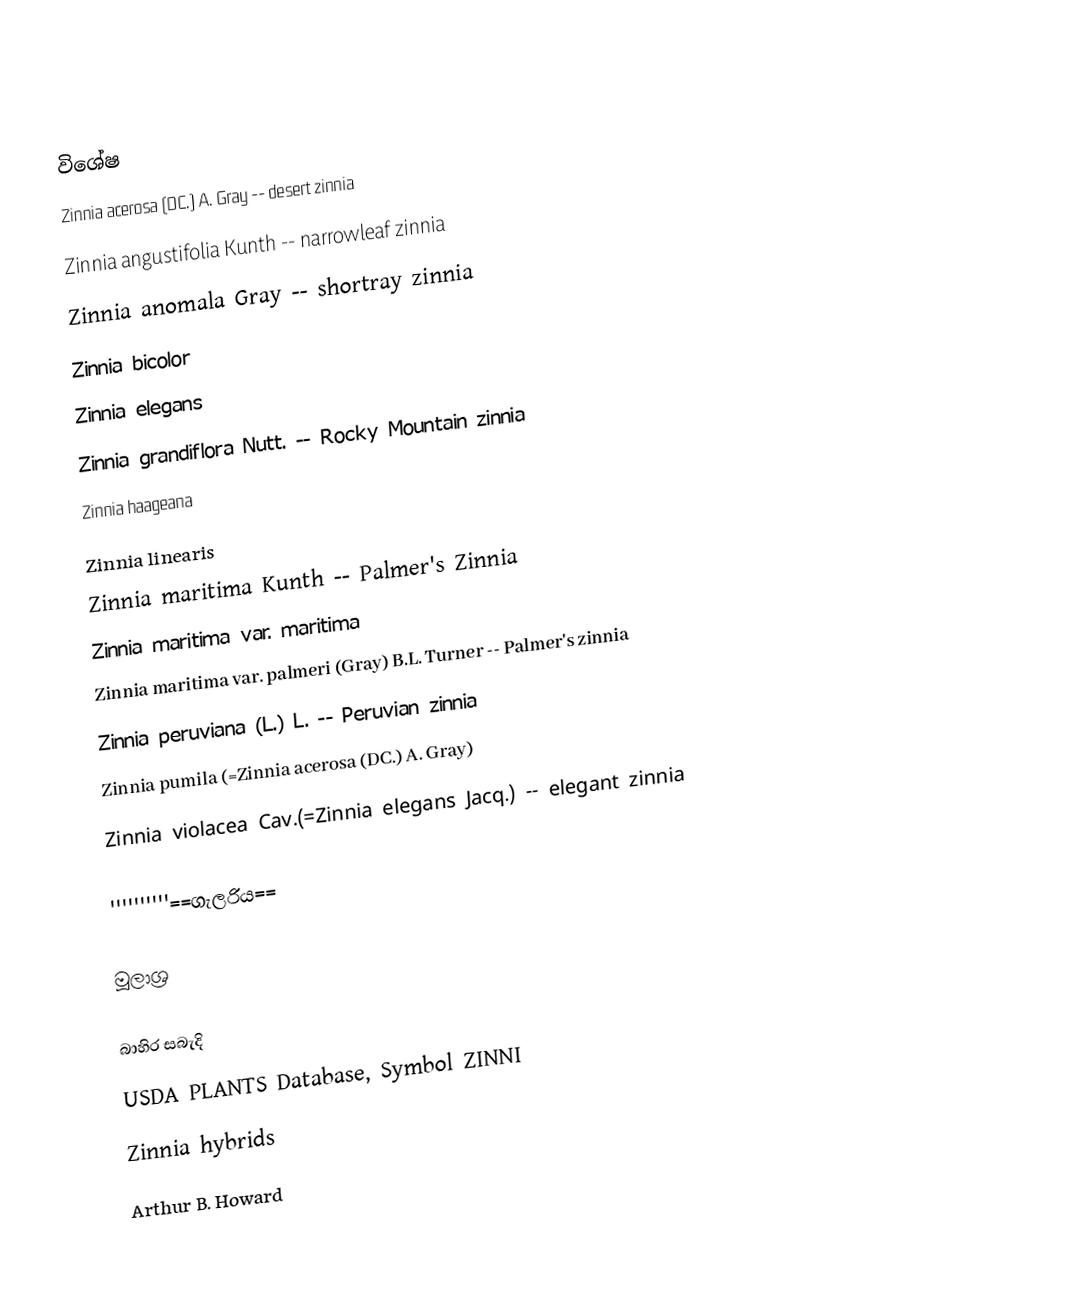

විශේෂ
Zinnia acerosa (DC.) A. Gray -- desert zinnia
Zinnia angustifolia Kunth -- narrowleaf zinnia
Zinnia anomala Gray -- shortray zinnia
Zinnia bicolor
Zinnia elegans
Zinnia grandiflora Nutt. -- Rocky Mountain zinnia
Zinnia haageana
Zinnia linearis
Zinnia maritima Kunth -- Palmer's Zinnia
Zinnia maritima var. maritima
Zinnia maritima var. palmeri (Gray) B.L. Turner -- Palmer's zinnia
Zinnia peruviana (L.)  L. -- Peruvian zinnia
Zinnia pumila (=Zinnia acerosa (DC.) A. Gray)
Zinnia violacea Cav.(=Zinnia elegans Jacq.) -- elegant zinnia

''''''''''==ගැලරිය==

මූලාශ්‍ර

බාහිර සබැදි
 USDA PLANTS Database, Symbol ZINNI
 Zinnia hybrids
 Arthur B. Howard